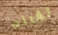
تقبله